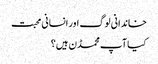
خاندانی لوگ اور انسانی محبت
کیا آپ محمڈن ہیں؟